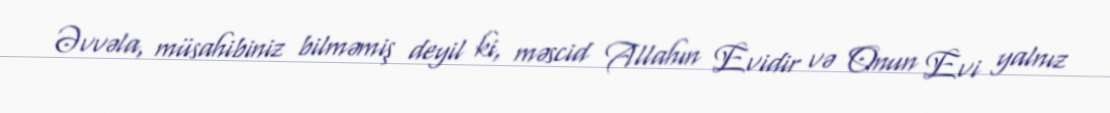
Əvvəla, müsahibiniz bilməmiş deyil ki, məscid Allahın Evidir və Onun Evi yalnız